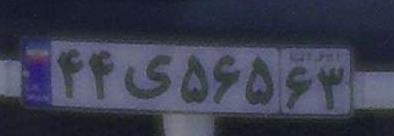
۴۴ی۵۶۵۶۳